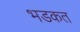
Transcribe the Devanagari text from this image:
भडकत